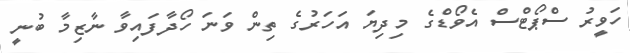
ހަވީރު ސްޕޯޓްސް އެވޯޑްގެ މިދިޔަ އަހަރުގެ ތިން ވަނަ ހޯދާފައިވާ ނާޒިމާ ބުނީ